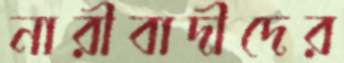
নারীবাদীদের